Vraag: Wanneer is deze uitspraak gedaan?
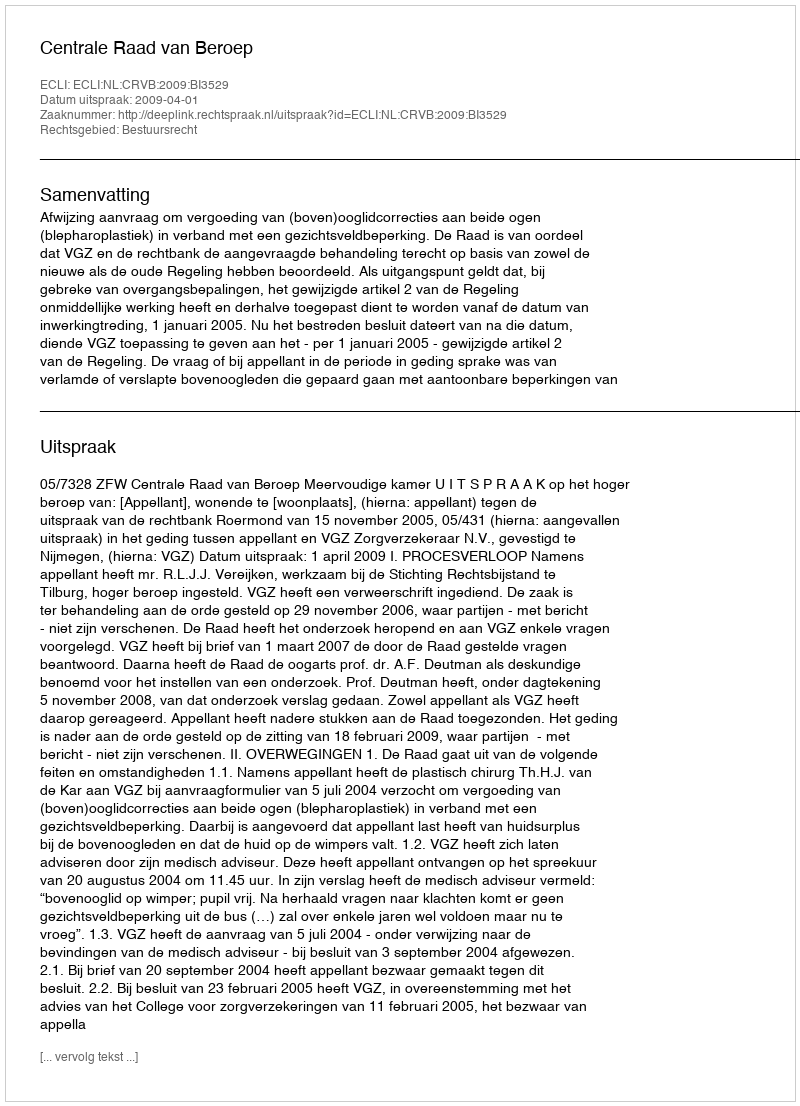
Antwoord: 2009-04-01